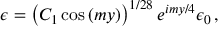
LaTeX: \epsilon = \left( C _ { 1 } \cos { ( m y ) } \right) ^ { 1 / 2 8 } e ^ { i m y / 4 } \epsilon _ { 0 } \, ,